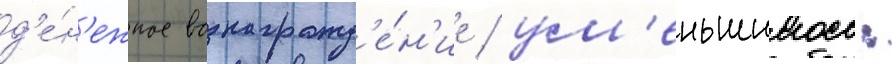
д'е́н'ежное вознагражд'е́н'ие / ум'еньшилось: